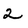
Character: 2